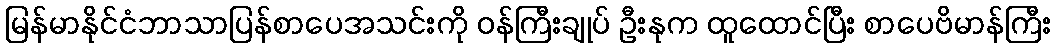
မြန်မာနိုင်ငံဘာသာပြန်စာပေအသင်းကို ဝန်ကြီးချုပ် ဦးနုက ထူထောင်ပြီး စာပေဗိမာန်ကြီး